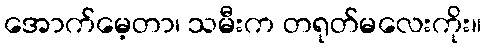
အောက်မေ့တာ၊ သမီးက တရုတ်မလေးကိုး။